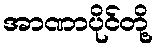
အာဏာပိုင်တို့